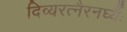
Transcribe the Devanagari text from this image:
दिव्यरत्नैरनर्घ्यैः